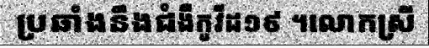
ប្រឆាំងនឹងជំងឺកូវីដ១៩ ។លោកស្រី